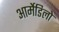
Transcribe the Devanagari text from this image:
आर्मेडिलो